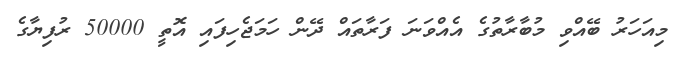
މިއަހަރު ބޭއްވި މުބާރާތުގެ އެއްވަނަ ފަރާތައް ދޭން ހަމަޖެހިފައި އޮތީ 50000 ރުފިޔާގެ